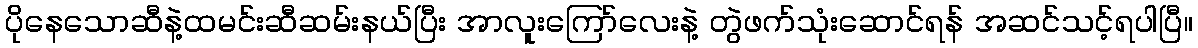
ပိုနေသောဆီနဲ့ထမင်းဆီဆမ်းနယ်ပြီး အာလူးကြော်လေးနဲ့ တွဲဖက်သုံးဆောင်ရန် အဆင်သင့်ရပါပြီ။